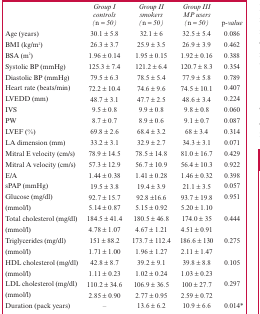
<table><thead><tr><td></td><td><b><i>Group I controls (n = 50)</i></b></td><td><b><i>Group II smokers (n = 50)</i></b></td><td><b><i>Group III MP users (n = 50)</i></b></td><td><b><i>p-value</i></b></td></tr></thead><tbody><tr><td>Age (years)</td><td>30.1 ± 5.8</td><td>32.1 ± 6</td><td>32.5 ± 5.4</td><td>0.086</td></tr><tr><td>BMI (kg/m<sup>2</sup>)</td><td>26.3 ± 3.7</td><td>25.9 ± 3.5</td><td>26.9 ± 3.9</td><td>0.462</td></tr><tr><td>BSA (m<sup>2</sup>)</td><td>1.96 ± 0.14</td><td>1.95 ± 0.15</td><td>1.92 ± 0.16</td><td>0.388</td></tr><tr><td>Systolic BP (mmHg)</td><td>125.3 ± 7.4</td><td>121.2 ± 6.4</td><td>120.7 ± 8.3</td><td>0.354</td></tr><tr><td>Diastolic BP (mmHg)</td><td>79.5 ± 6.3</td><td>78.5 ± 5.4</td><td>77.9 ± 5.8</td><td>0.789</td></tr><tr><td>Heart rate (beats/min)</td><td>72.2 ± 10.4</td><td>74.6 ± 9.6</td><td>74.5 ± 10.1</td><td>0.407</td></tr><tr><td>LVEDD (mm)</td><td>48.7 ± 3.1</td><td>47.7 ± 2.5</td><td>48.6 ± 3.4</td><td>0.224</td></tr><tr><td>IVS</td><td>9.5 ± 0.8</td><td>9.9 ± 0.8</td><td>9.8 ± 0.8</td><td>0.060</td></tr><tr><td>PW</td><td>8.7 ± 0.7</td><td>8.9 ± 0.6</td><td>9.1 ± 0.7</td><td>0.087</td></tr><tr><td>LVEF (%)</td><td>69.8 ± 2.6</td><td>68.4 ± 3.2</td><td>68 ± 3.4</td><td>0.314</td></tr><tr><td>LA dimension (mm)</td><td>33.2 ± 3.1</td><td>32.9 ± 2.7</td><td>34.3 ± 3.1</td><td>0.071</td></tr><tr><td>Mitral E velocity (cm/s)</td><td>78.9 ± 14.5</td><td>78.5 ± 14.8</td><td>81.0 ± 16.7</td><td>0.429</td></tr><tr><td>Mitral A velocity (cm/s)</td><td>57.3 ± 12.9</td><td>56.7 ± 10.9</td><td>56.4 ± 10.3</td><td>0.922</td></tr><tr><td>E/A</td><td>1.44 ± 0.38</td><td>1.41 ± 0.28</td><td>1.46 ± 0.32</td><td>0.398</td></tr><tr><td>sPAP (mmHg)</td><td>19.5 ± 3.8</td><td>19.4 ± 3.9</td><td>21.1 ± 3.5</td><td>0.057</td></tr><tr><td>Glucose (mg/dl)</td><td>92.7 ± 15.7</td><td>92.8 ±16.6</td><td>93.7 ± 19.8</td><td>0.951</td></tr><tr><td>(mmol/l)</td><td>5.14 ± 0.87</td><td>5.15 ± 0.92</td><td>5.20 ± 1.10</td><td></td></tr><tr><td>Total cholesterol (mg/dl)</td><td>184.5 ± 41.4</td><td>180.5 ± 46.8</td><td>174.0 ± 35</td><td>0.444</td></tr><tr><td>(mmol/l)</td><td>4.78 ± 1.07</td><td>4.67 ± 1.21</td><td>4.51 ± 0.91</td><td></td></tr><tr><td>Triglycerides (mg/dl)</td><td>151 ± 88.2</td><td>173.7 ± 112.4</td><td>186.6 ± 130</td><td>0.275</td></tr><tr><td>(mmol/l)</td><td>1.71 ± 1.00</td><td>1.96 ± 1.27</td><td>2.11 ± 1.47</td><td></td></tr><tr><td>HDL cholesterol (mg/dl)</td><td>42.8 ± 8.7</td><td>39.2 ± 9.1</td><td>39.8 ± 8.8</td><td>0.105</td></tr><tr><td>(mmol/l)</td><td>1.11 ± 0.23</td><td>1.02 ± 0.24</td><td>1.03 ± 0.23</td><td></td></tr><tr><td>LDL cholesterol (mg/dl)</td><td>110.2 ± 34.6</td><td>106.9 ± 36.5</td><td>100 ± 27.7</td><td>0.297</td></tr><tr><td>(mmol/l)</td><td>2.85 ± 0.90</td><td>2.77 ± 0.95</td><td>2.59 ± 0.72</td><td></td></tr><tr><td>Duration (pack years)</td><td>–</td><td>13.6 ± 6.2</td><td>10.9 ± 6.6</td><td>0.014*</td></tr></tbody></table>